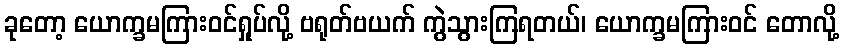
ခုတော့ ယောက္ခမကြားဝင်ရှုပ်လို့ ဗရုတ်ဗယက် ကွဲသွားကြရတယ်၊ ယောက္ခမကြားဝင် တောလို့